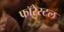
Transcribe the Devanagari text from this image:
फॉरेस्टल